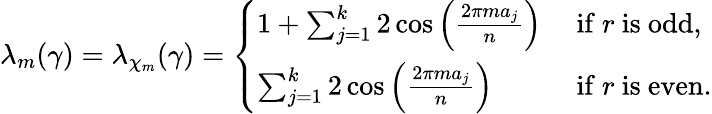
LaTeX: \lambda_{m}(\gamma)=\lambda_{\chi_{m}}(\gamma)=\left\{ \begin{array}{ll}{1+\sum_{j=1}^{k}2\cos\left(\frac{2\pi ma_{j}}{n}\right)}&{\mathrm{~if~}r\mathrm{~is~odd,}}\\ {\sum_{j=1}^{k}2\cos\left(\frac{2\pi ma_{j}}{n}\right)}&{\mathrm{~if~}r\mathrm{~is~even.}}\end{array}\right.